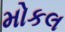
મોકલ